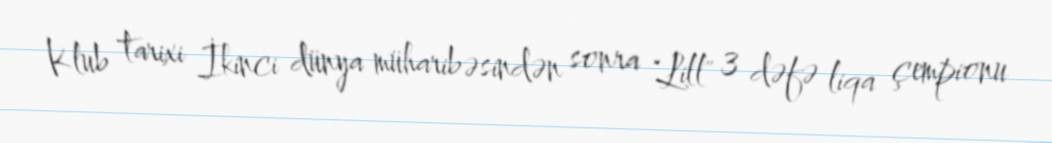
Klub tarixi İkinci dünya müharibəsindən sonra "Lill" 3 dəfə liqa çempionu